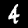
Label: 4